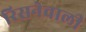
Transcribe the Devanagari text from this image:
रिसनेवाली